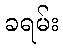
ခရမ်း